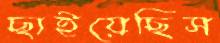
ছাইয়েছিস